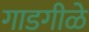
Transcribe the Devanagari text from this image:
गाडगीळे